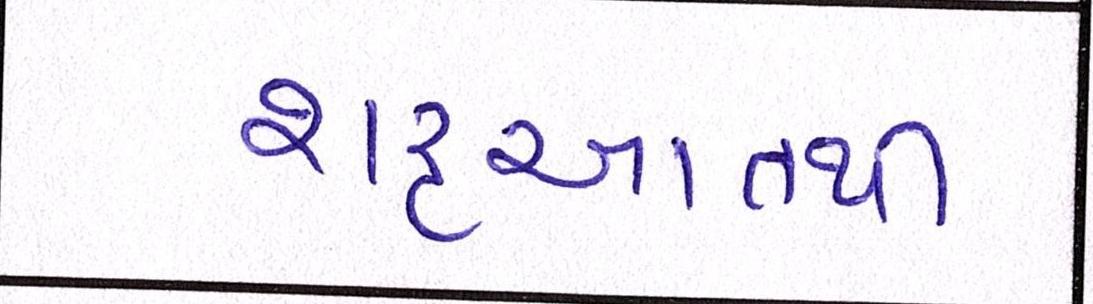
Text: શરૃઆતથી